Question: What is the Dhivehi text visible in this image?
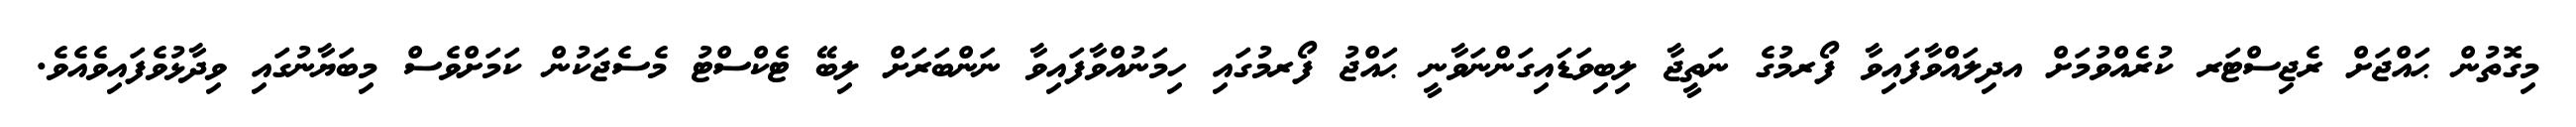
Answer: މިގޮތުން ޙައްޖަށް ރެޖިސްޓަރ ކުރެއްވުމަށް އދިލައްވާފައިވާ ފޯރމުގެ ނަތީޖާ ލިބިވަޑައިގަންނަވާނީ ޙައްޖު ފޯރމުގައި ހިމަނުއްވާފައިވާ ނަންބަރަށް ލިބޭ ޓެކްސްޓު މެސެޖަކުން ކަމަށްވެސް މިބަޔާނުގައި ވިދާޅުވެފައިވެއެވެ.